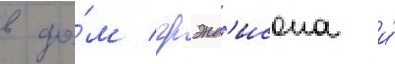
в до́м грэнд'исона и́